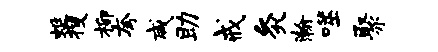
蜓搜柳夸咸助戒灸瀚噬聚